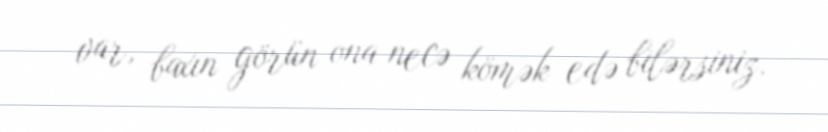
var, baxın görün ona necə kömək edə bilərsiniz.